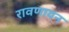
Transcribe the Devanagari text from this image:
रावणायन